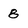
Character: 8